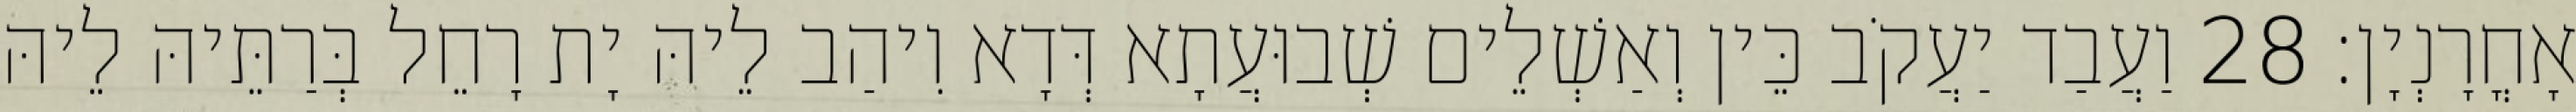
אָחֳרָנְיָן׃ 28 וַעֲבַד יַעֲקֹב כֵּין וְאַשְׁלֵים שְׁבוּעֲתָא דְּדָא וִיהַב לֵיהּ יָת רָחֵל בְּרַתֵּיהּ לֵיהּ